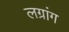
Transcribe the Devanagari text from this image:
लग्रांग